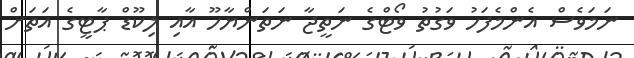
ނަމަވެސް އެންމެފަހު ވަގުތު ވޯޓްގެ ނަތީޖާ ނަތަންޔާހޫ އާއި ލިކޫޑް ޕާޓީގެ އަތަށް